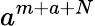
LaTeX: a^{m+a+N}